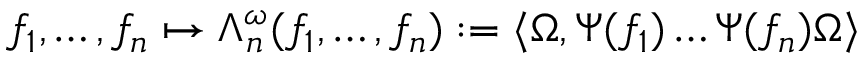
f _ { 1 } , \ldots , f _ { n } \mapsto \Lambda _ { n } ^ { \omega } ( f _ { 1 } , \ldots , f _ { n } ) : = \langle \Omega , \Psi ( f _ { 1 } ) \ldots \Psi ( f _ { n } ) \Omega \rangle